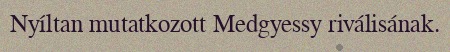
Nyíltan mutatkozott Medgyessy riválisának.